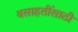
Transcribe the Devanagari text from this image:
वसाहतींसाठी